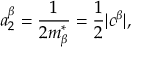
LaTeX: a _ { 2 } ^ { \beta } = \frac 1 { 2 m _ { \beta } ^ { * } } = \frac 1 2 | c ^ { \beta } | ,